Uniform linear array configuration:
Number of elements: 48
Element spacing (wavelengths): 0.5
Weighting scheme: exponential
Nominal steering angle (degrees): -15
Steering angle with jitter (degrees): -16.136
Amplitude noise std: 0.05
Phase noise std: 0.05

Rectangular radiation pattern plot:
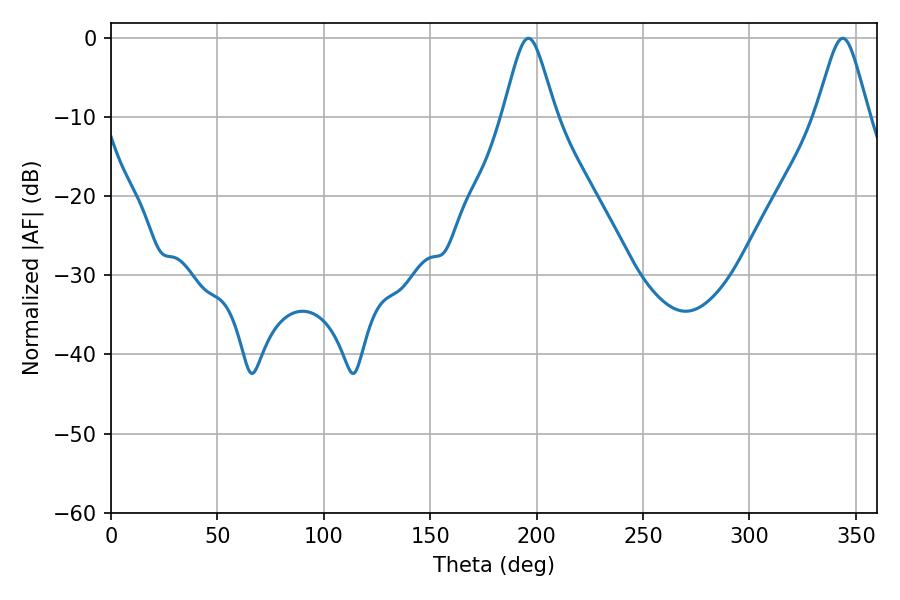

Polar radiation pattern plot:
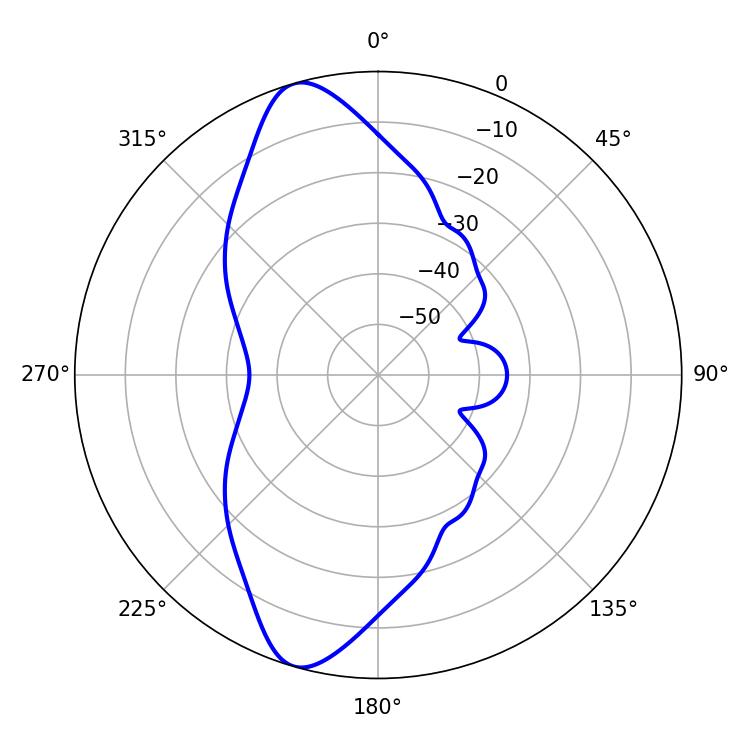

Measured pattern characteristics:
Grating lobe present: FALSE
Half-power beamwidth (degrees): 11.88
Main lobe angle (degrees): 196.2